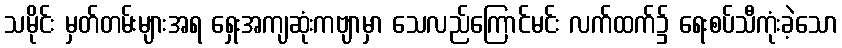
သမိုင်း မှတ်တမ်းများအရ ရှေးအကျဆုံးကဗျာမှာ သေလည်ကြောင်မင်း လက်ထက်၌ ရေးစပ်သီကုံးခဲ့သော